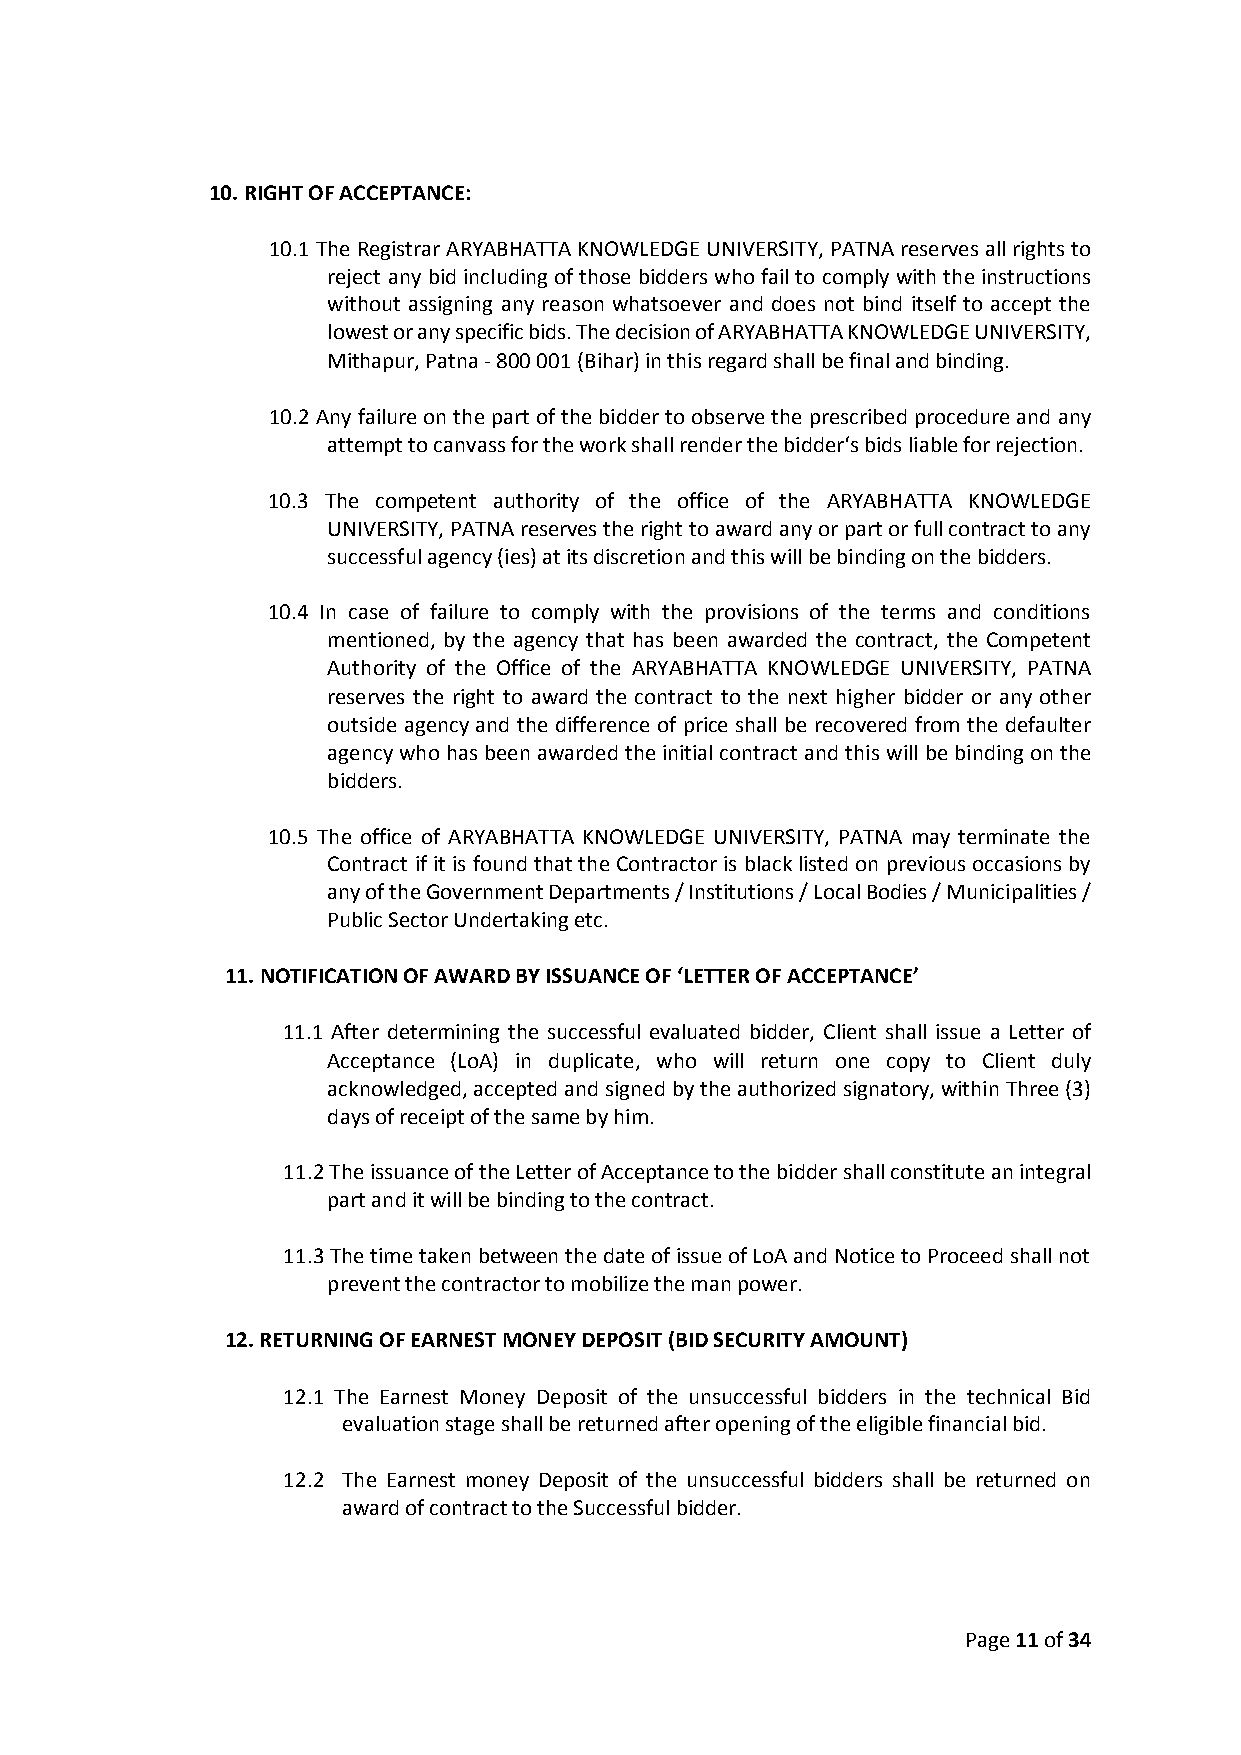
10. RIGHT OF ACCEPTANCE:
 10.1 The Registrar ARYABHATTA KNOWLEDGE UNIVERSITY, PATNA reserves all rights to
 reject any bid including of those bidders who fail to comply with the instructions
 without assigning any reason whatsoever and does not bind itself to accept the
 lowest or any specific bids. The decision of ARYABHATTA KNOWLEDGE UNIVERSITY,
 Mithapur, Patna - 800 001 (Bihar) in this regard shall be final and binding.
 10.2 Any failure on the part of the bidder to observe the prescribed procedure and any
 attempt to canvass for the work shall render the bidder‘s bids liable for rejection.
 10.3 The competent authority of the office of the ARYABHATTA KNOWLEDGE
 UNIVERSITY, PATNA reserves the right to award any or part or full contract to any
 successful agency (ies) at its discretion and this will be binding on the bidders.
 10.4 In case of failure to comply with the provisions of the terms and conditions
 mentioned, by the agency that has been awarded the contract, the Competent
 Authority of the Office of the ARYABHATTA KNOWLEDGE UNIVERSITY, PATNA
 reserves the right to award the contract to the next higher bidder or any other
 outside agency and the difference of price shall be recovered from the defaulter
 agency who has been awarded the initial contract and this will be binding on the
 bidders.
 10.5 The office of ARYABHATTA KNOWLEDGE UNIVERSITY, PATNA may terminate the
 Contract if it is found that the Contractor is black listed on previous occasions by
 any of the Government Departments / Institutions / Local Bodies / Municipalities /
 Public Sector Undertaking etc.
 11. NOTIFICATION OF AWARD BY ISSUANCE OF ‘LETTER OF ACCEPTANCE’
 11.1 After determining the successful evaluated bidder, Client shall issue a Letter of
 Acceptance (LoA) in duplicate, who will return one copy to Client duly
 acknowledged, accepted and signed by the authorized signatory, within Three (3)
 days of receipt of the same by him.
 11.2 The issuance of the Letter of Acceptance to the bidder shall constitute an integral
 part and it will be binding to the contract.
 11.3 The time taken between the date of issue of LoA and Notice to Proceed shall not
 prevent the contractor to mobilize the man power.
 12. RETURNING OF EARNEST MONEY DEPOSIT (BID SECURITY AMOUNT)
 12.1 The Earnest Money Deposit of the unsuccessful bidders in the technical Bid
 evaluation stage shall be returned after opening of the eligible financial bid.
 12.2 The Earnest money Deposit of the unsuccessful bidders shall be returned on
 award of contract to the Successful bidder.
 Page 11 of 34